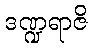
ဒဏ္ဍရာဇိ